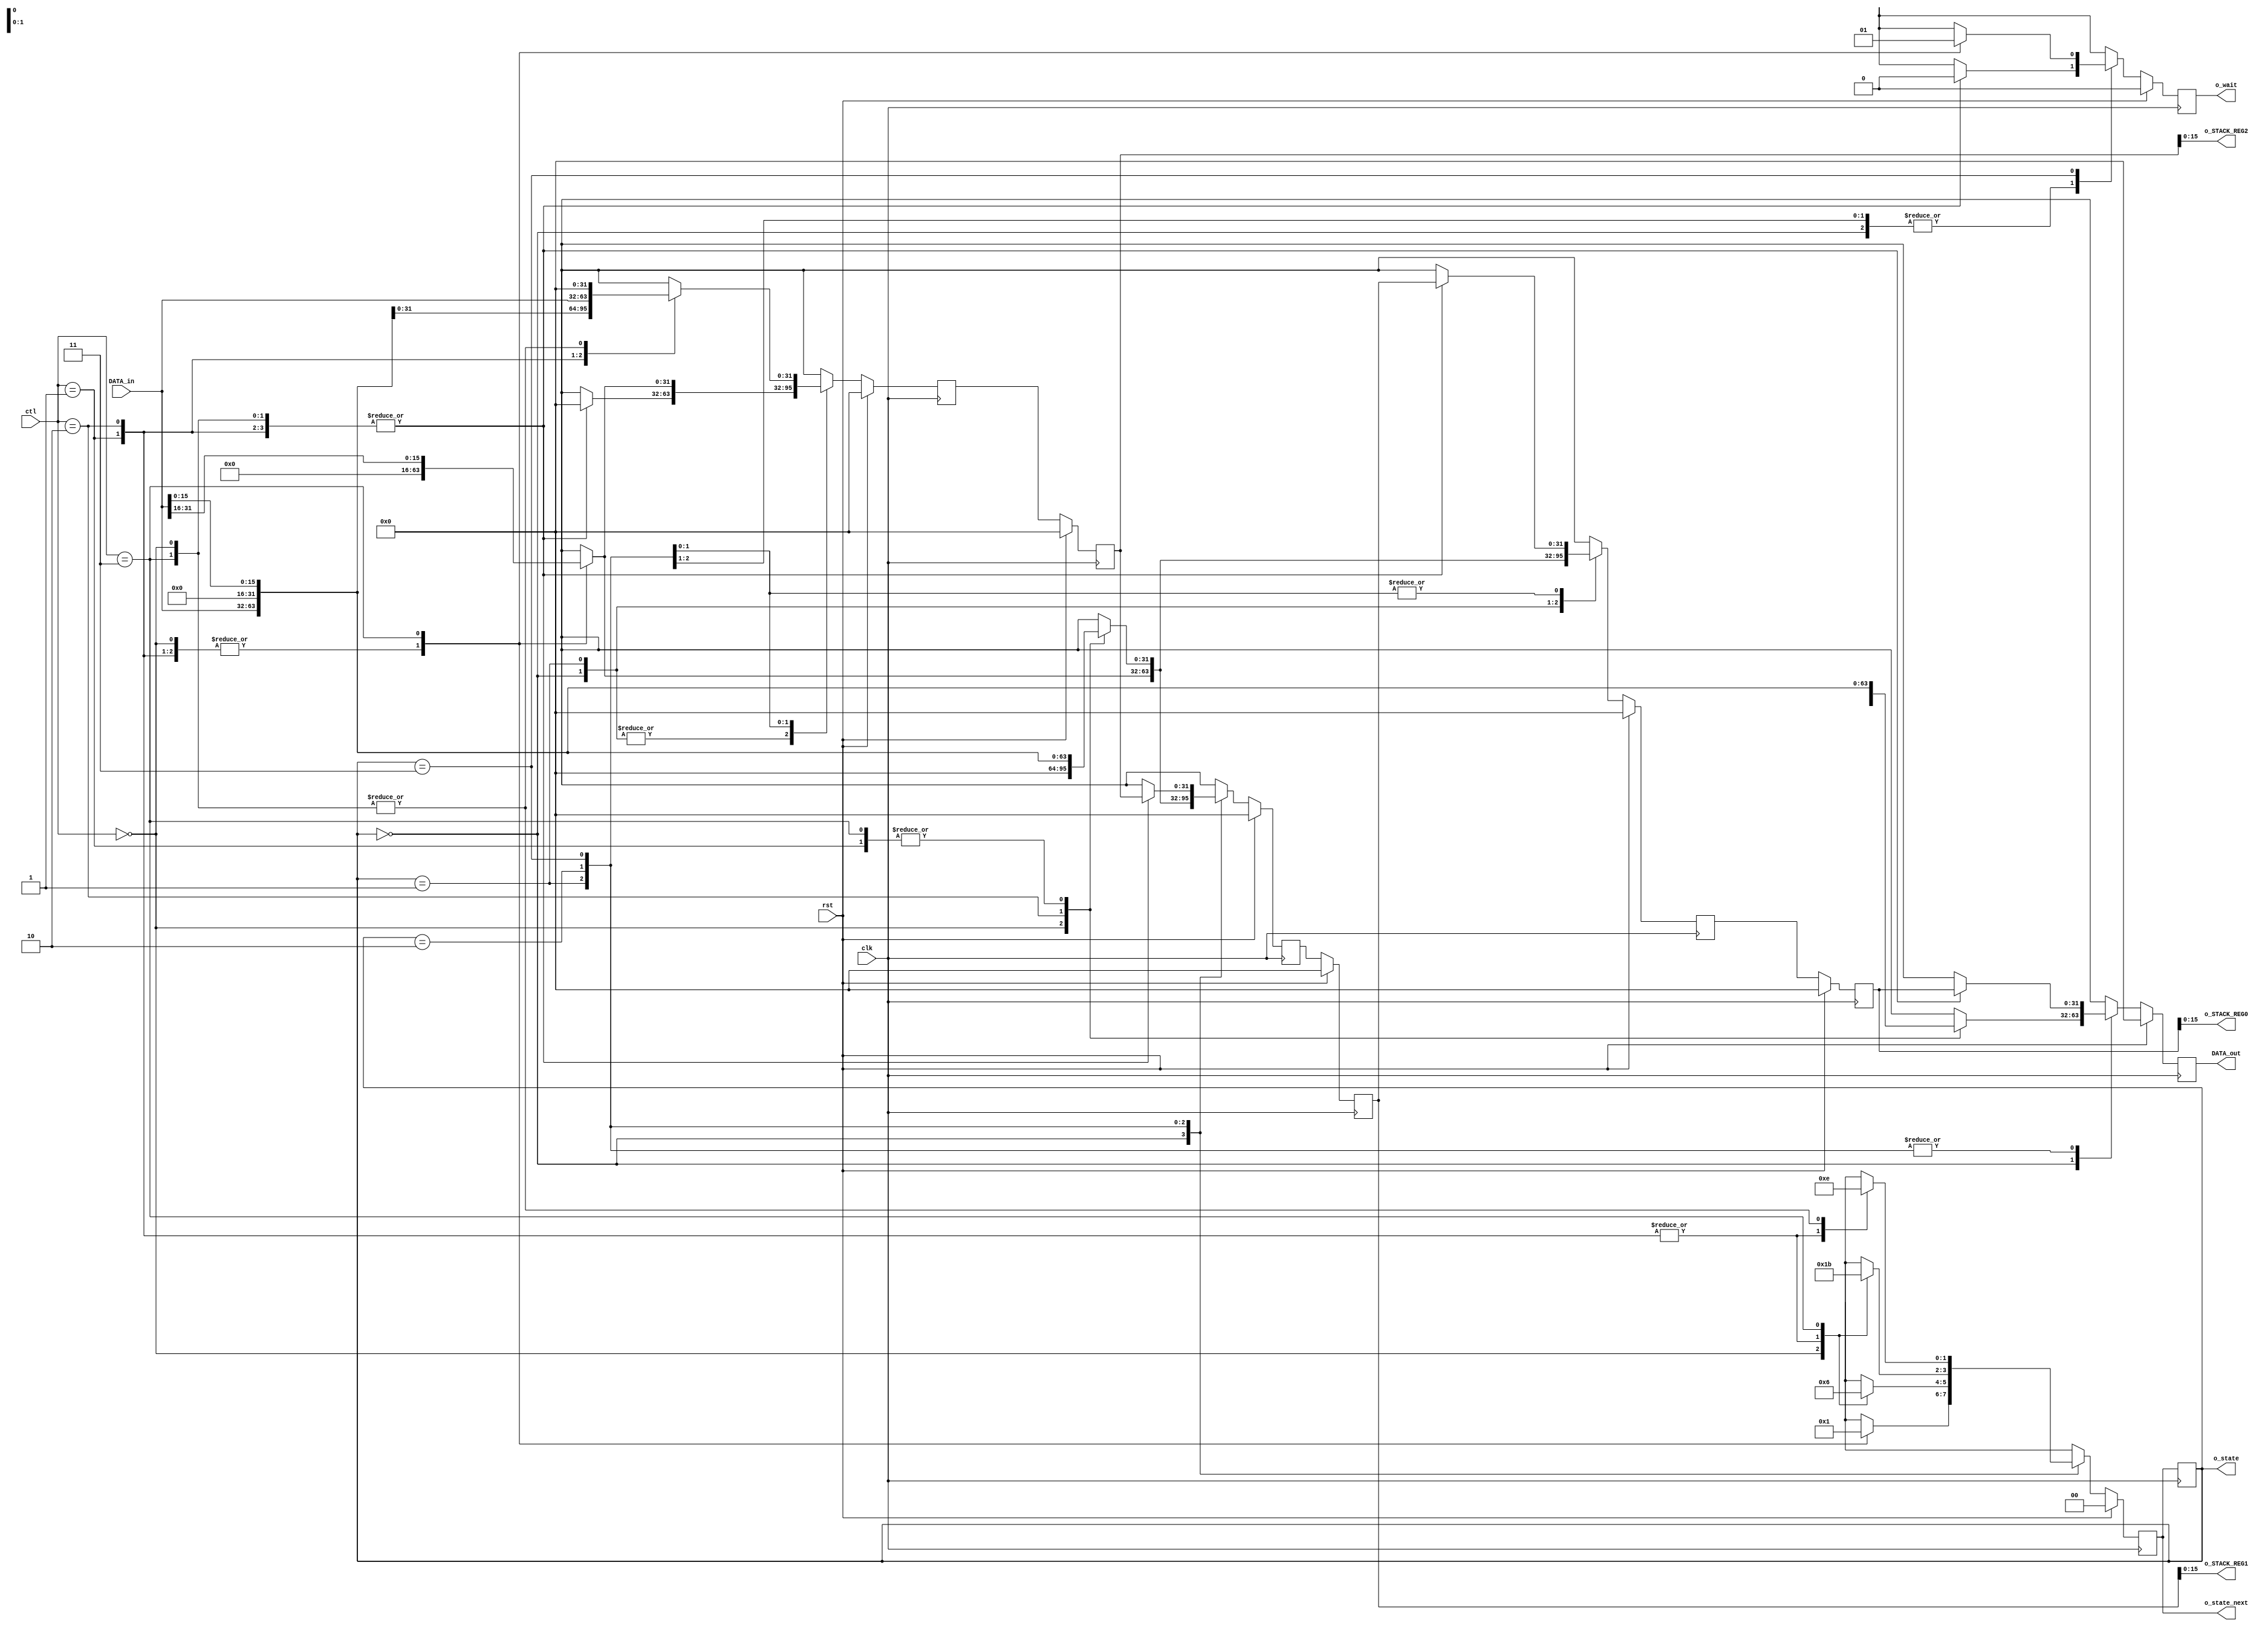
module STACK_MACHINE_DATA  ( clk, rst,
								ctl, o_wait,
								DATA_in, DATA_out,
                            o_STACK_REG0, o_STACK_REG1, o_STACK_REG2,  //DBG
                            o_state, o_state_next
);

parameter DATA_WIDTH = 32;
parameter STACK_SIZE = 3;       // IF Size increases, You have to add codes(refer to STATE REG)

input clk, rst;
input [1:0] ctl;
input [DATA_WIDTH-1:0] DATA_in;
output reg o_wait;
output [DATA_WIDTH-1:0] DATA_out;
output [15:0]  o_STACK_REG0, o_STACK_REG1, o_STACK_REG2;  //DBG
output [1:0] o_state, o_state_next;

reg [1:0] next_state_reg, state_reg;
reg[DATA_WIDTH-1:0] _STACK_REG[STACK_SIZE-1:0];
reg[DATA_WIDTH-1:0] _next_STACK_REG[STACK_SIZE-1:0];
//reg[15:0] _o_STACK_REG0, _o_STACK_REG1, _o_STACK_REG2;		//DBG
reg [DATA_WIDTH-1:0] buf_DATA_out;

always @(posedge clk) begin
	state_reg <= next_state_reg;
end

always @(posedge clk) begin
    if (rst)  begin
        _STACK_REG[0] <= 0;
        _STACK_REG[1] <= 0;
        _STACK_REG[2] <= 0;
    end
    else begin
        _STACK_REG[0] <= _next_STACK_REG[0];
        _STACK_REG[1] <= _next_STACK_REG[1];
        _STACK_REG[2] <= _next_STACK_REG[2];
    end
end


always @(posedge clk) begin
	if (rst) begin
		next_state_reg <= 0;
	end
	else begin
		case(state_reg)
			2'b00:
				case (ctl)
				2'b00:
					next_state_reg <= 2'b00;
				2'b01:
					next_state_reg <= 2'b00;
				2'b10:
					next_state_reg <= 2'b00;
				2'b11:
					next_state_reg <= 2'b01;
				default:
					next_state_reg <= 2'b00;
				endcase
				
			2'b01:
				case (ctl)
				2'b00:
					next_state_reg <= 2'b00;
				2'b01:
					next_state_reg <= 2'b01;
				2'b10:
					next_state_reg <= 2'b01;
				2'b11:
					next_state_reg <= 2'b10;
				default:
					next_state_reg <= 2'b00;
				endcase

			2'b10:
				case (ctl)
				2'b00:
					next_state_reg <= 2'b01;
				2'b01:
					next_state_reg <= 2'b10;
				2'b10:
					next_state_reg <= 2'b10;
				2'b11:
					next_state_reg <= 2'b11;
				default:
					next_state_reg <= 2'b00;
				endcase
				
			2'b11:
				case (ctl)
				2'b00:
					next_state_reg <= 2'b10;
				2'b01:
					next_state_reg <= 2'b11;
				2'b10:
					next_state_reg <= 2'b11;
				2'b11:
					next_state_reg <= 2'b10;
				default:
					next_state_reg <= 2'b00;
				endcase
				
			default:
				next_state_reg <= next_state_reg;
		endcase
	end
end

always @(posedge clk) begin
	if (rst) begin
        buf_DATA_out <= 0;
		o_wait <= 1'b0;
        _next_STACK_REG[0] <= 0;
        _next_STACK_REG[1] <= 0;
        _next_STACK_REG[2] <= 0;
	end
	else begin
		case (state_reg)
		2'b00:
			case (ctl)
			2'b00:
            begin
                buf_DATA_out <= _STACK_REG[0];
				o_wait <= 1'b0;
                _next_STACK_REG[0] <= 0;
                _next_STACK_REG[1] <= 0;
                _next_STACK_REG[2] <= 0;
            end
				
			2'b01:
            begin
                buf_DATA_out <= {{(DATA_WIDTH/2){1'b0}}, DATA_in[DATA_WIDTH/2-1:0]};
				o_wait <= 1'b0;
                _next_STACK_REG[0] <= 0;
                _next_STACK_REG[1] <= 0;
                _next_STACK_REG[2] <= 0;
            end
				
			2'b10:
            begin
                buf_DATA_out <= DATA_in;
					 //buf_DATA_out <= 1;
				o_wait <= 1'b0;
                _next_STACK_REG[0] <= 0;
                _next_STACK_REG[1] <= 0;
                _next_STACK_REG[2] <= 0;
            end
				
			2'b11:
            begin
                buf_DATA_out <= {{(DATA_WIDTH/2){1'b0}}, DATA_in[(DATA_WIDTH/2)-1:0]};
				o_wait <= 1'b0;
                _next_STACK_REG[0] <= {{(DATA_WIDTH/2){1'b0}}, DATA_in[DATA_WIDTH-1:(DATA_WIDTH/2)]};
                _next_STACK_REG[1] <= 0;
                _next_STACK_REG[2] <= 0;
            end
				
				
			endcase
		2'b01:
			case (ctl)
			2'b00:
            begin
                buf_DATA_out <= _STACK_REG[0];
				o_wait <= 1'b0;
                _next_STACK_REG[0] <= 0;
                _next_STACK_REG[1] <= 0;
                _next_STACK_REG[2] <= 0;
            end
                
			2'b01:
            begin
                buf_DATA_out <= _STACK_REG[0];
				o_wait <= 1'b0;
                _next_STACK_REG[0] <= {{(DATA_WIDTH/2){1'b0}}, DATA_in[(DATA_WIDTH/2)-1:0]};
                _next_STACK_REG[1] <= 0;
                _next_STACK_REG[2] <= 0;
            end
                
			2'b10:
            begin
                buf_DATA_out <= _STACK_REG[0];
				o_wait <= 1'b0;
                _next_STACK_REG[0] <= DATA_in;
                _next_STACK_REG[1] <= 0;
                _next_STACK_REG[2] <= 0;
            end
                
			2'b11:
            begin
                buf_DATA_out <= _STACK_REG[0];
				o_wait <= 1'b0;
                _next_STACK_REG[0] <= {{(DATA_WIDTH/2){1'b0}}, DATA_in[(DATA_WIDTH/2)-1:0]};
                _next_STACK_REG[1] <= {{(DATA_WIDTH/2){1'b0}}, DATA_in[DATA_WIDTH-1:(DATA_WIDTH/2)]};
                _next_STACK_REG[2] <= 0;
            end
                
			endcase
		2'b10:
			case (ctl)
			2'b00:
            begin
                buf_DATA_out <= _STACK_REG[0];
				o_wait <= 1'b0;
                _next_STACK_REG[0] <= _STACK_REG[1];
                _next_STACK_REG[1] <= 0;
                _next_STACK_REG[2] <= 0;
            end
                
			2'b01:
            begin
                buf_DATA_out <= _STACK_REG[0];
				o_wait <= 1'b0;
                _next_STACK_REG[0] <= _STACK_REG[1];
                _next_STACK_REG[1] <= {{(DATA_WIDTH/2){1'b0}}, DATA_in[(DATA_WIDTH/2)-1:0]};
                _next_STACK_REG[2] <= 0;
            end
                
			2'b10:
            begin
                buf_DATA_out <= _STACK_REG[0];
				o_wait <= 1'b0;
                _next_STACK_REG[0] <= _STACK_REG[1];
                _next_STACK_REG[1] <= DATA_in;
                _next_STACK_REG[2] <= 0;
            end
                
			2'b11:
            begin
                buf_DATA_out <= _STACK_REG[0];
				o_wait <= 1'b0;
                _next_STACK_REG[0] <= _STACK_REG[1];
                _next_STACK_REG[1] <= {{(DATA_WIDTH/2){1'b0}}, DATA_in[(DATA_WIDTH/2)-1:0]};
                _next_STACK_REG[2] <= {{(DATA_WIDTH/2){1'b0}}, DATA_in[DATA_WIDTH-1:(DATA_WIDTH/2)]};
            end
                
			endcase
		2'b11:
			case (ctl)
			2'b00:
            begin
                buf_DATA_out <= _STACK_REG[0];
				o_wait <= 1'b0;
                _next_STACK_REG[0] <= _STACK_REG[1];
                _next_STACK_REG[1] <= _STACK_REG[2];
                _next_STACK_REG[2] <= 0;
            end
                
			2'b01:
            begin
                buf_DATA_out <= _STACK_REG[0];
				o_wait <= 1'b0;
                _next_STACK_REG[0] <= _STACK_REG[1];
                _next_STACK_REG[1] <= _STACK_REG[2];
                _next_STACK_REG[2] <= {{(DATA_WIDTH/2){1'b0}}, DATA_in[(DATA_WIDTH/2)-1:0]}; 
            end
                
			2'b10:
            begin
                buf_DATA_out <= _STACK_REG[0];
				o_wait <= 1'b0;
                _next_STACK_REG[0] <= _STACK_REG[1];
                _next_STACK_REG[1] <= _STACK_REG[2];
                _next_STACK_REG[2] <= DATA_in;
            end
                
			2'b11:
            begin
                buf_DATA_out <= _STACK_REG[0];
				o_wait <= 1'b1;
                _next_STACK_REG[0] <= _STACK_REG[1];
                _next_STACK_REG[1] <= _STACK_REG[2];
                _next_STACK_REG[2] <= 0;
            end
                
			endcase
		// default:
        // begin
        //     buf_DATA_out <= buf_DATA_out;
		// 	o_wait <= 1'b0;
        //     _next_STACK_REG[0] <= _next_STACK_REG[1];
        //     _next_STACK_REG[1] <= _next_STACK_REG[2];
        //     _next_STACK_REG[2] <= _next_STACK_REG[2];
        // end
			
		endcase
	end
end

// DEBUG
assign o_STACK_REG0 = _STACK_REG[0];
assign o_STACK_REG1 = _STACK_REG[1];
assign o_STACK_REG2 = _STACK_REG[2];
assign o_state_next = next_state_reg;
assign o_state = state_reg;
//DEBUG

assign DATA_out = buf_DATA_out;

endmodule